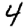
Digit: 4